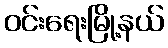
ဝင်းရေးမြို့နယ်